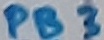
Text: PB3